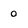
Character: 0